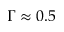
\Gamma \approx 0 . 5